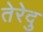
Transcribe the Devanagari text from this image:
तेरेदु